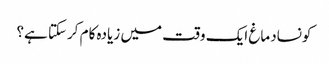
کونسادماغ ایک وقت میں زیادہ کام کرسکتا ہے؟